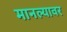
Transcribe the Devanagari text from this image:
मानल्यावर